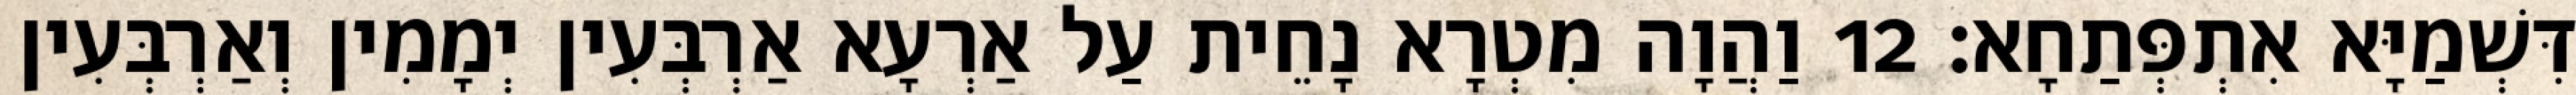
דִּשְׁמַיָּא אִתְפְּתַחָא׃ 12 וַהֲוָה מִטְרָא נָחֵית עַל אַרְעָא אַרְבְּעִין יְמָמִין וְאַרְבְּעִין